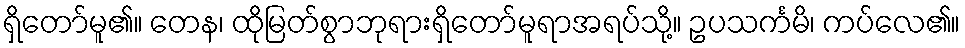
ရှိတော်မူ၏။ တေန၊ ထိုမြတ်စွာဘုရားရှိတော်မူရာအရပ်သို့။ ဥပသင်္ကမိ၊ ကပ်လေ၏။